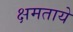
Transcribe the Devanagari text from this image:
क्षमताये